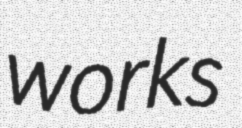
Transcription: works